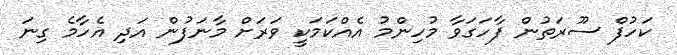
ކަހުފް ސޫރަތުން ފާހަގަވާ މުހިންމު އެއްކަމަކީ ވަރަށް މާނަފުން އަދި އެހާމެ ގިނަ